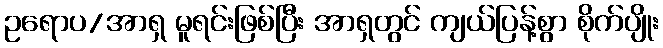
ဥရောပ/အာရှ မူရင်းဖြစ်ပြီး အာရှတွင် ကျယ်ပြန့်စွာ စိုက်ပျိုး